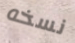
نسخه